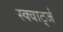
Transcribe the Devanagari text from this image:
स्क्वार्ट्ज